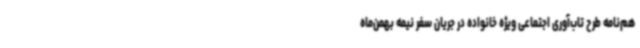
هم‌نامه طرح تاب‌آوری اجتماعی ویژه خانواده در جریان سفر نیمه بهمن‌ماه